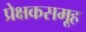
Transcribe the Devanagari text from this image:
प्रेक्षकसमूह